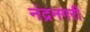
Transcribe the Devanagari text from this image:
नंद्रनगरी